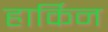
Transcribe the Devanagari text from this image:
हार्किन